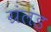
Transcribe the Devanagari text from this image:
ग्रंलंड